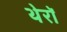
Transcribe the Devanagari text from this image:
थेरॉ